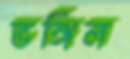
ভঙ্গিল